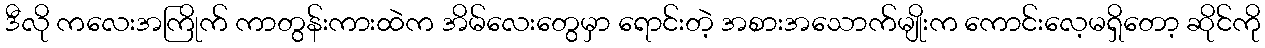
ဒီလို ကလေးအကြိုက် ကာတွန်းကားထဲက အိမ်လေးတွေမှာ ရောင်းတဲ့ အစားအသောက်မျိုးက ကောင်းလေ့မရှိတော့ ဆိုင်ကို